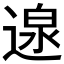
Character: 𮞰